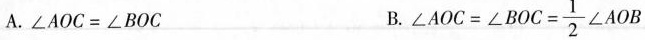
A.$$∠ A O C = ∠ B O C$$ B.$$∠ A O C = ∠ B O C = \frac { 1 } { 2 } ∠ A O B$$